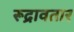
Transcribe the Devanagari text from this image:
रूद्रावतार